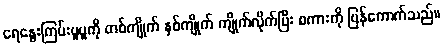
ရေနွေးကြမ်းပူပူကို တစ်ကျိုက် နှစ်ကျိုက် ကျိုက်လိုက်ပြီး စကားကို ပြန်ကောက်သည်။